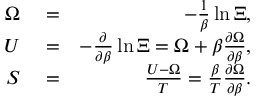
\begin{array} { r l r } { \Omega } & { { } = } & { - \frac { 1 } { \beta } \ln \Xi , } \\ { U } & { { } = } & { - \frac { \partial } { \partial \beta } \ln \Xi = \Omega + \beta \frac { \partial \Omega } { \partial \beta } , } \\ { S } & { { } = } & { \frac { U - \Omega } { T } = \frac { \beta } { T } \frac { \partial \Omega } { \partial \beta } . } \end{array}